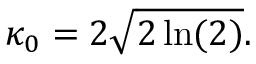
\kappa _ { 0 } = 2 \sqrt { 2 \ln ( 2 ) } .